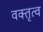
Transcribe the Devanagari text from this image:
वक्‍तृत्व